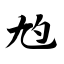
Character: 尥